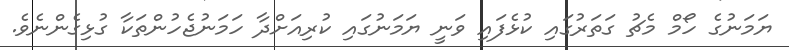
ޔަމަނުގެ ހޯމް މެޗު ގަތަރުގައި ކުޅެފައި ވަނީ ޔަމަނުގައި ކުރިއަށްދާ ހަމަނުޖެހުންތަކާ ގުޅިގެންނެވެ.